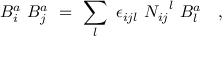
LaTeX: { B } _ { i } ^ { a } \ { B } _ { j } ^ { a } \ = \ \sum _ { l } \ \epsilon _ { i j l } \ { N _ { i j } } ^ { l } \ { B } _ { l } ^ { a } \quad ,